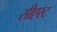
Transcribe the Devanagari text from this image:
सीएस्ट